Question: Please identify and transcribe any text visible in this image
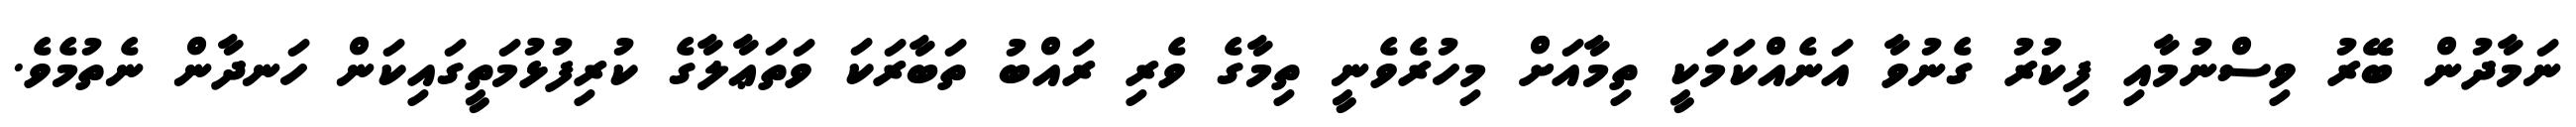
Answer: ނަމާދުން ބޭރު ވިސްނުމާއި ފިކުރު ގެނުވާ އަނެއްކަމަކީ ތިމާއަށް މިހުރެވެނީ ތިމާގެ ވެރި ރައްބު ތަބާރަކަ ވަތަޢާލާގެ ކުރިފުޅުމަތީގައިކަން ހަނދާން ނެތުމެވެ.